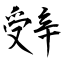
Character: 辤